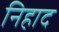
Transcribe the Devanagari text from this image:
निहाद